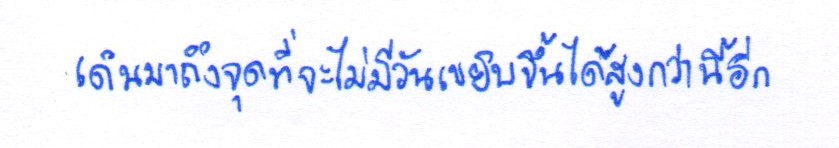
เดินมาถึงจุดที่จะไม่มีวันเขยิบขึ้นได้สูงกว่านี้อีก